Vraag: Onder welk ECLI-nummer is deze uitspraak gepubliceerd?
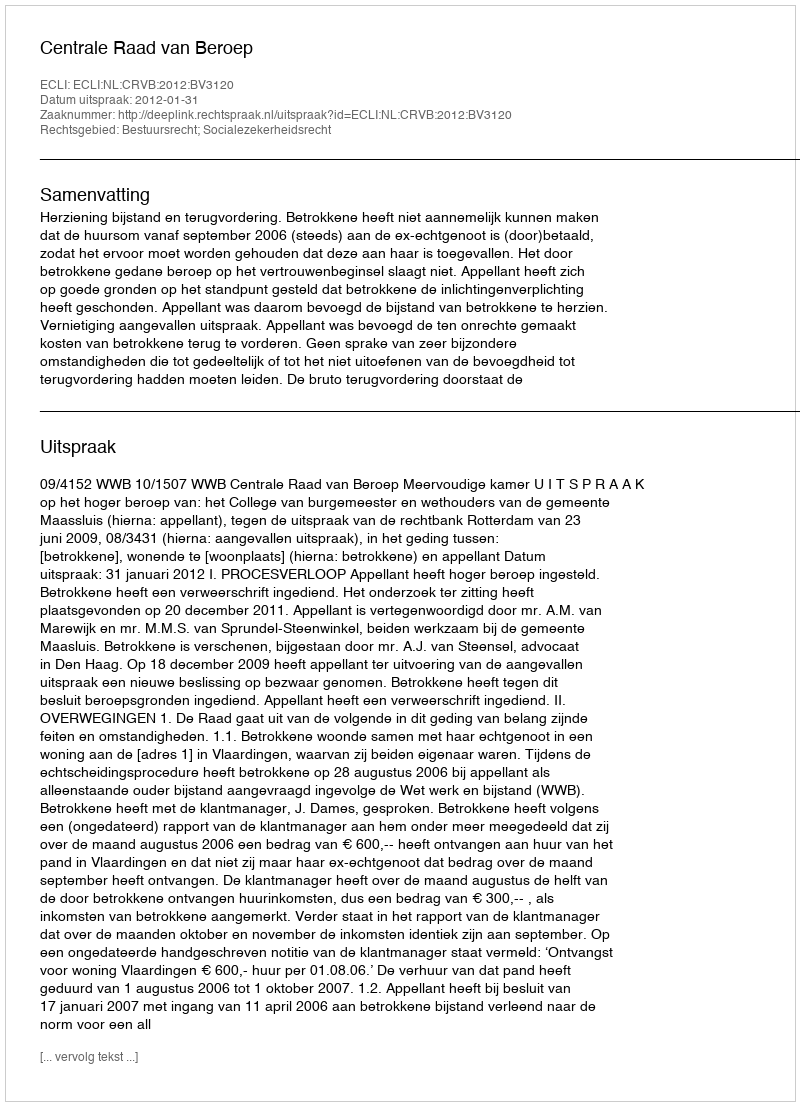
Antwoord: ECLI:NL:CRVB:2012:BV3120